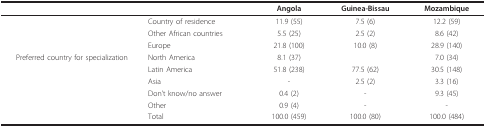
<table><thead><tr><td>[EMPTY_CELL]</td><td>[EMPTY_CELL]</td><td><b>Angola</b></td><td><b>Guinea-Bissau</b></td><td><b>Mozambique</b></td></tr></thead><tbody><tr><td>[EMPTY_CELL]</td><td>Country of residence</td><td>11.9 (55)</td><td>7.5 (6)</td><td>12.2 (59)</td></tr><tr><td>[EMPTY_CELL]</td><td>Other African countries</td><td>5.5 (25)</td><td>2.5 (2)</td><td>8.6 (42)</td></tr><tr><td>[EMPTY_CELL]</td><td>Europe</td><td>21.8 (100)</td><td>10.0 (8)</td><td>28.9 (140)</td></tr><tr><td>Preferred country for specialization</td><td>North America</td><td>8.1 (37)</td><td>[EMPTY_CELL]</td><td>7.0 (34)</td></tr><tr><td>[EMPTY_CELL]</td><td>Latin America</td><td>51.8 (238)</td><td>77.5 (62)</td><td>30.5 (148)</td></tr><tr><td>[EMPTY_CELL]</td><td>Asia</td><td>-</td><td>2.5 (2)</td><td>3.3 (16)</td></tr><tr><td>[EMPTY_CELL]</td><td>Don't know/no answer</td><td>0.4 (2)</td><td>-</td><td>9.3 (45)</td></tr><tr><td>[EMPTY_CELL]</td><td>Other</td><td>0.9 (4)</td><td>-</td><td>-</td></tr><tr><td>[EMPTY_CELL]</td><td>Total</td><td>100.0 (459)</td><td>100.0 (80)</td><td>100.0 (484)</td></tr></tbody></table>